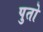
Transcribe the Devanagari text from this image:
पुतो